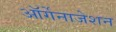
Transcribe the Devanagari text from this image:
ऑर्गेनाजेशन